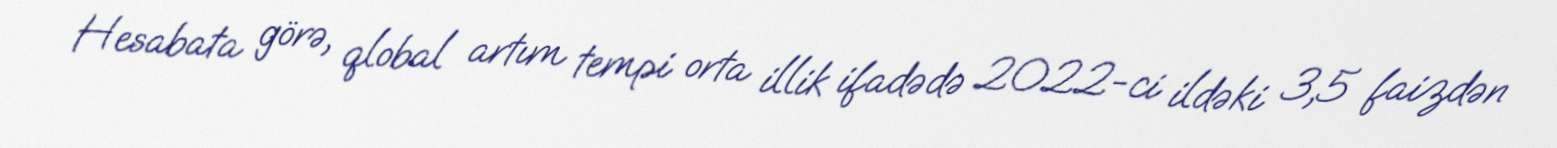
Hesabata görə, qlobal artım tempi orta illik ifadədə 2022-ci ildəki 3,5 faizdən